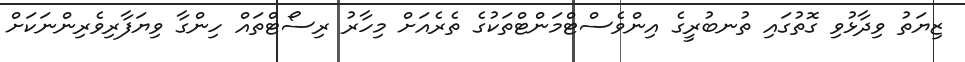
ޒިޔަތު ވިދާޅުވި ގޮތުގައި ތުނބުރީގެ އިންވެސްޓްމަންޓްތަކުގެ ތެރެއަށް މިހާރު ރިސޯޓްތައް ހިންގާ ވިޔަފާރިވެރިންނަކަށް